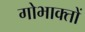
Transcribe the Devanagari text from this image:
गोभाक्तों